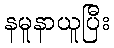
နမူနာယူပြီး